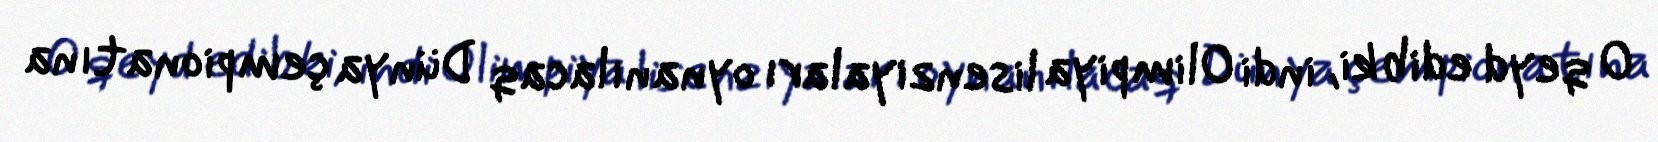
O qeyd edib ki, indi Olimpiya lisenziyaları oynanılacaq Dünya çempionatına